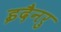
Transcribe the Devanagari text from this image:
इदैनरु